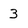
Character: 3